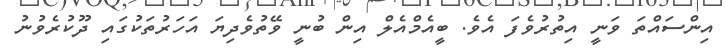
އިންސައްތަ ވަނީ އިތުރުވެފަ އެވެ. ބީއެމްއެލް އިން ބުނީ ވޭތުވެދިޔަ އަހަރުތަކުގައި ދޫކުރެވުނު